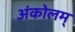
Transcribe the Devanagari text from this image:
अंकोलम्